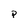
Character: p